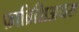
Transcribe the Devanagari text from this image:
फ़ाब्रिशिअयस